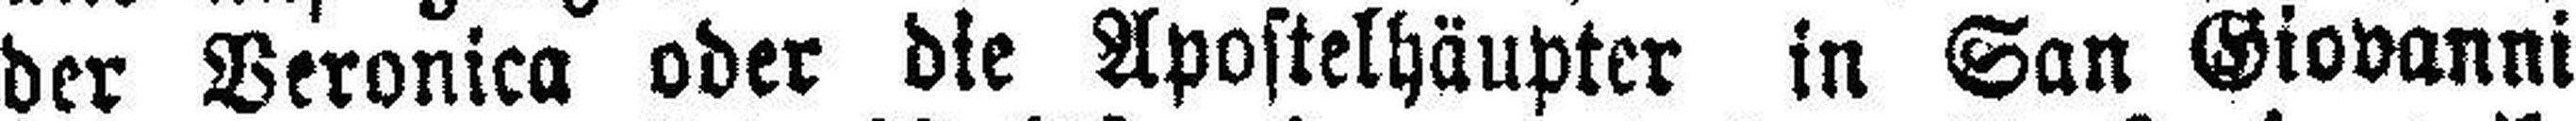
der Veronica oder die Apostelhäupter in San Giovanni